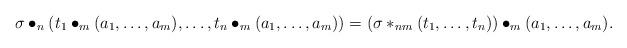
LaTeX: \begin{align*} \sigma\bullet_{n}(t_1\bullet_{m}(a_1,\ldots, a_m),\ldots,t_n\bullet_{m}(a_1,\ldots, a_m)) =(\sigma\ast_{nm}(t_1,\ldots,t_n))\bullet_{m}(a_1,\ldots,a_m). \end{align*}